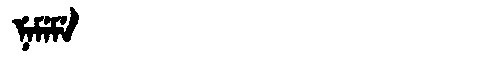
Manchu: ᠨᡝᠮᡝᠮᡝ
Romanization: NEMEME